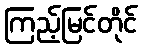
ကြည့်မြင်တိုင်